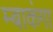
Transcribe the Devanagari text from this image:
म्बाकंगा